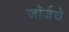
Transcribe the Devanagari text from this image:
जॉर्जचे